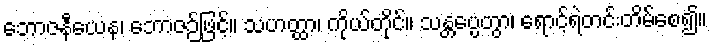
ဘောဇနီယေန၊ ဘောဇဉ်ဖြင့်။ သဟတ္ထာ၊ ကိုယ်တိုင်။ သန္တပ္ပေတွာ၊ ရောင့်ရဲတင်းတိမ်စေ၍။